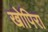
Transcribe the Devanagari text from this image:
खोपिरा